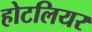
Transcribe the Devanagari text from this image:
होटलियर